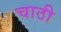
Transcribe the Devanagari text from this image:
चाठी